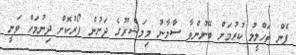
ފެން ތަހްލީލު ކުރުމަށް ބޭނުންވާ ސާމާނު މިމަޝްރޫގެ ދަށުން ފޯރުކޮށް ދިނުމަށް ވަނީ